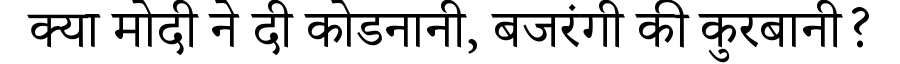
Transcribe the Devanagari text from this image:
क्या मोदी ने दी कोडनानी, बजरंगी की कुरबानी?